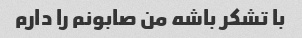
با تشکر باشه من صابونم را دارم